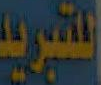
اللتبريد